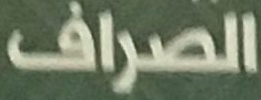
الصراف